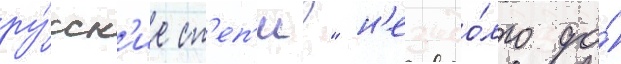
ру́сск'ие ст'еп'и?" н'езадо́лго до́